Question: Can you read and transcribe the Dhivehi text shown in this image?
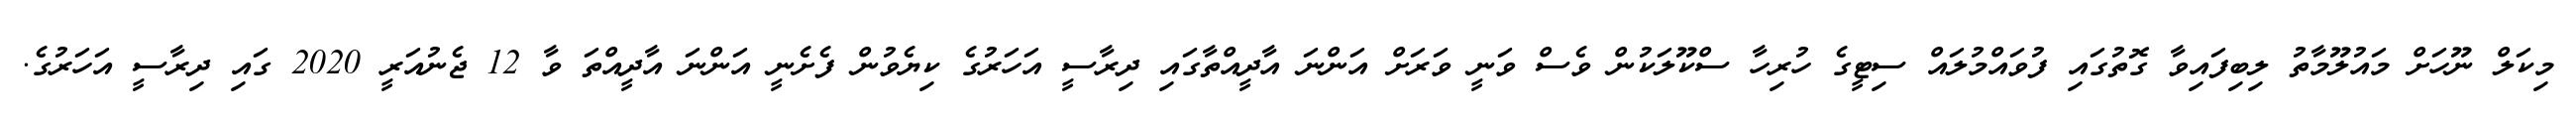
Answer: މިކަލް ނޫހަށް މައުލޫމާތު ލިބިފައިވާ ގޮތުގައި ފުވައްމުލައް ސިޓީގެ ހުރިހާ ސްކޫލަކުން ވެސް ވަނީ ވަރަށް އަންނަ އާދީއްތާގައި ދިރާސީ އަހަރުގެ ކިޔެވުން ފެށެނީ އަންނަ އާދީއްތަ ވާ 12 ޖެނުއަރީ 2020 ގައި ދިރާސީ އަހަރުގެ.